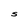
Character: S